Vaccination returns of the Province of Eastern Bengal and Assam - 1905-1912
Year: 1905
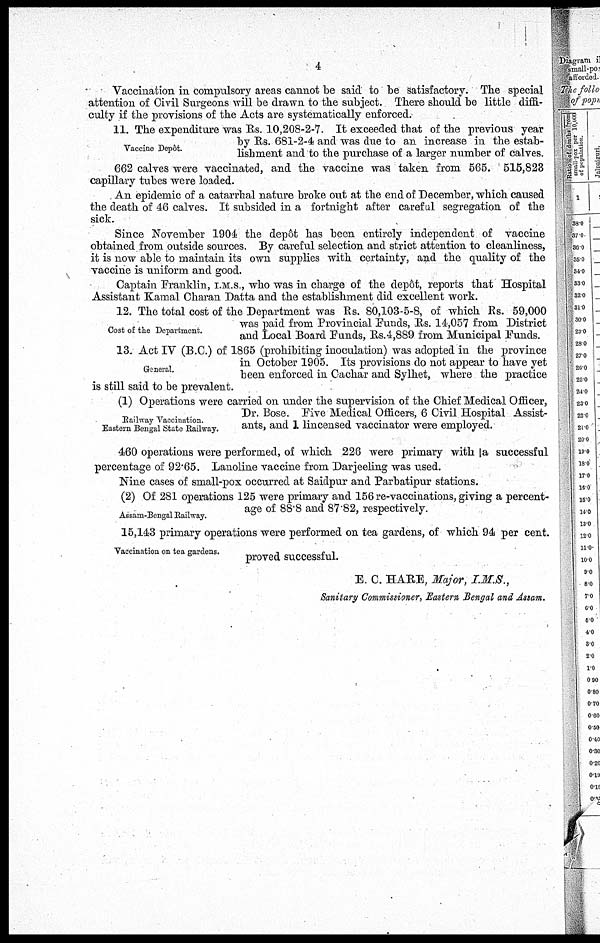
4
Vaccination in compulsory areas cannot be said to be satisfactory. The special
attention of Civil Surgeons will be drawn to the subject. There should be little diffi¬
culty if the provisions of the Acts are systematically enforced.
Vaccine Depôt.
11. The expenditure was Rs. 10,208-2-7. It exceeded that of the previous year
by Rs. 681-2-4 and was due to an increase in the estab-
lishment and to the purchase of a larger number of calves.
662 calves were vaccinated, and the vaccine was taken from 565. 515,823
capillary tubes were loaded.
An epidemic of a catarrhal nature broke out at the end of December, which caused
the death of 46 calves. It subsided in a fortnight after careful segregation of the
sick.
Since November 1904 the depôt has been entirely independent of vaccine
obtained from outside sources. By careful selection and strict attention to cleanliness,
it is now able to maintain its own supplies with certainty, and the quality of the
vaccine is uniform and good.
Captain Franklin, I.M.S., who was in charge of the Depôt, reports that Hospital
Assistant Kamal Charan Datta and the establishment did excellent work.
Cost of the Department.
12. The total cost of the Department was Rs. 80,103-5-8, of which Rs. 59,000
was paid from Provincial Funds, Rs. 14,057 from District
and Local Board Funds, Rs.4,889 from Municipal Funds.
General.
13. Act IV (B.C.) of 1865 (prohibiting inoculation) was adopted in the province
in October 1905. Its provisions do not appear to have yet
been enforced in Cachar and Sylhet, where the practice
is still said to be prevalent.
Railway Vaccination.
Eastern Bengal State Railway.
(1) Operations were carried on under the supervision of the Chief Medical Officer,
Dr. Bose. Five Medical Officers, 6 Civil Hospital Assist-
ants, and 1 lincensed vaccinator were employed.
460 operations were performed, of which 226 were primary with la successful
percentage of 92.65. Lanoline vaccine from Darjeeling was used.
Nine cases of small-pox occurred at Saidpur and Parbatipur stations.
Assam-Bengal Railway.
(2) Of 281 operations 125 were primary and 156 re-vaccinations, giving a percent-
age of 88.8 and 87.82, respectively.
Vaccination on tea gardens.
15,143 primary operations were performed on tea gardens, of which 94 per cent.
proved successful.
E. C. HARE, Major, I.M.S.,
Sanitary Commissioner, Eastern Bengal and Assam.